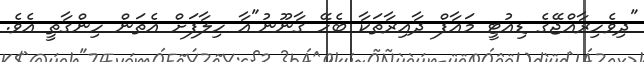
"ދިވެހިރާއްޖޭގެ ޑިއުޓީ މައާފް ދާއިރާތަކާ ބެހޭ ގާނޫނު"އާ ހިލާފަށް އެތަން ހިންގާތީ އެވެ.